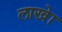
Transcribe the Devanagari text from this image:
लाखेा